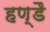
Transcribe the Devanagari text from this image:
हण्डै